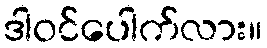
ဒါဝင်ပေါက်လား။